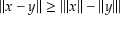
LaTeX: \| x - y \| \geq | \| x \| - \| y \| |